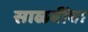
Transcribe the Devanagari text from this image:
साळवींचा